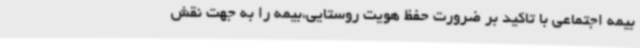
بیمه اجتماعی با تاکید بر ضرورت حفظ هویت روستایی،بیمه را به جهت نقش